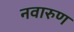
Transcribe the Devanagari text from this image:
नवारुण